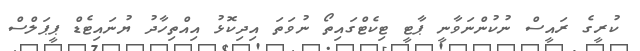
ކުރީގެ ރައީސް ނުކުންނަވާނީ ޕާޓީ ޓިކެޓްގައިތޯ ނުވަތަ އިދިކޮޅު އިއްތިހާދު ޔުނައިޓެޑް ޕީޕަލްސް